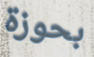
بحوزة